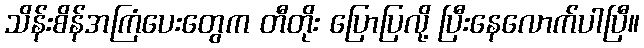
သိန်းစိန်အကြံပေးတွေက တီတိုး ပြောပြလို့ ပြီးနေလောက်ပါပြီ။